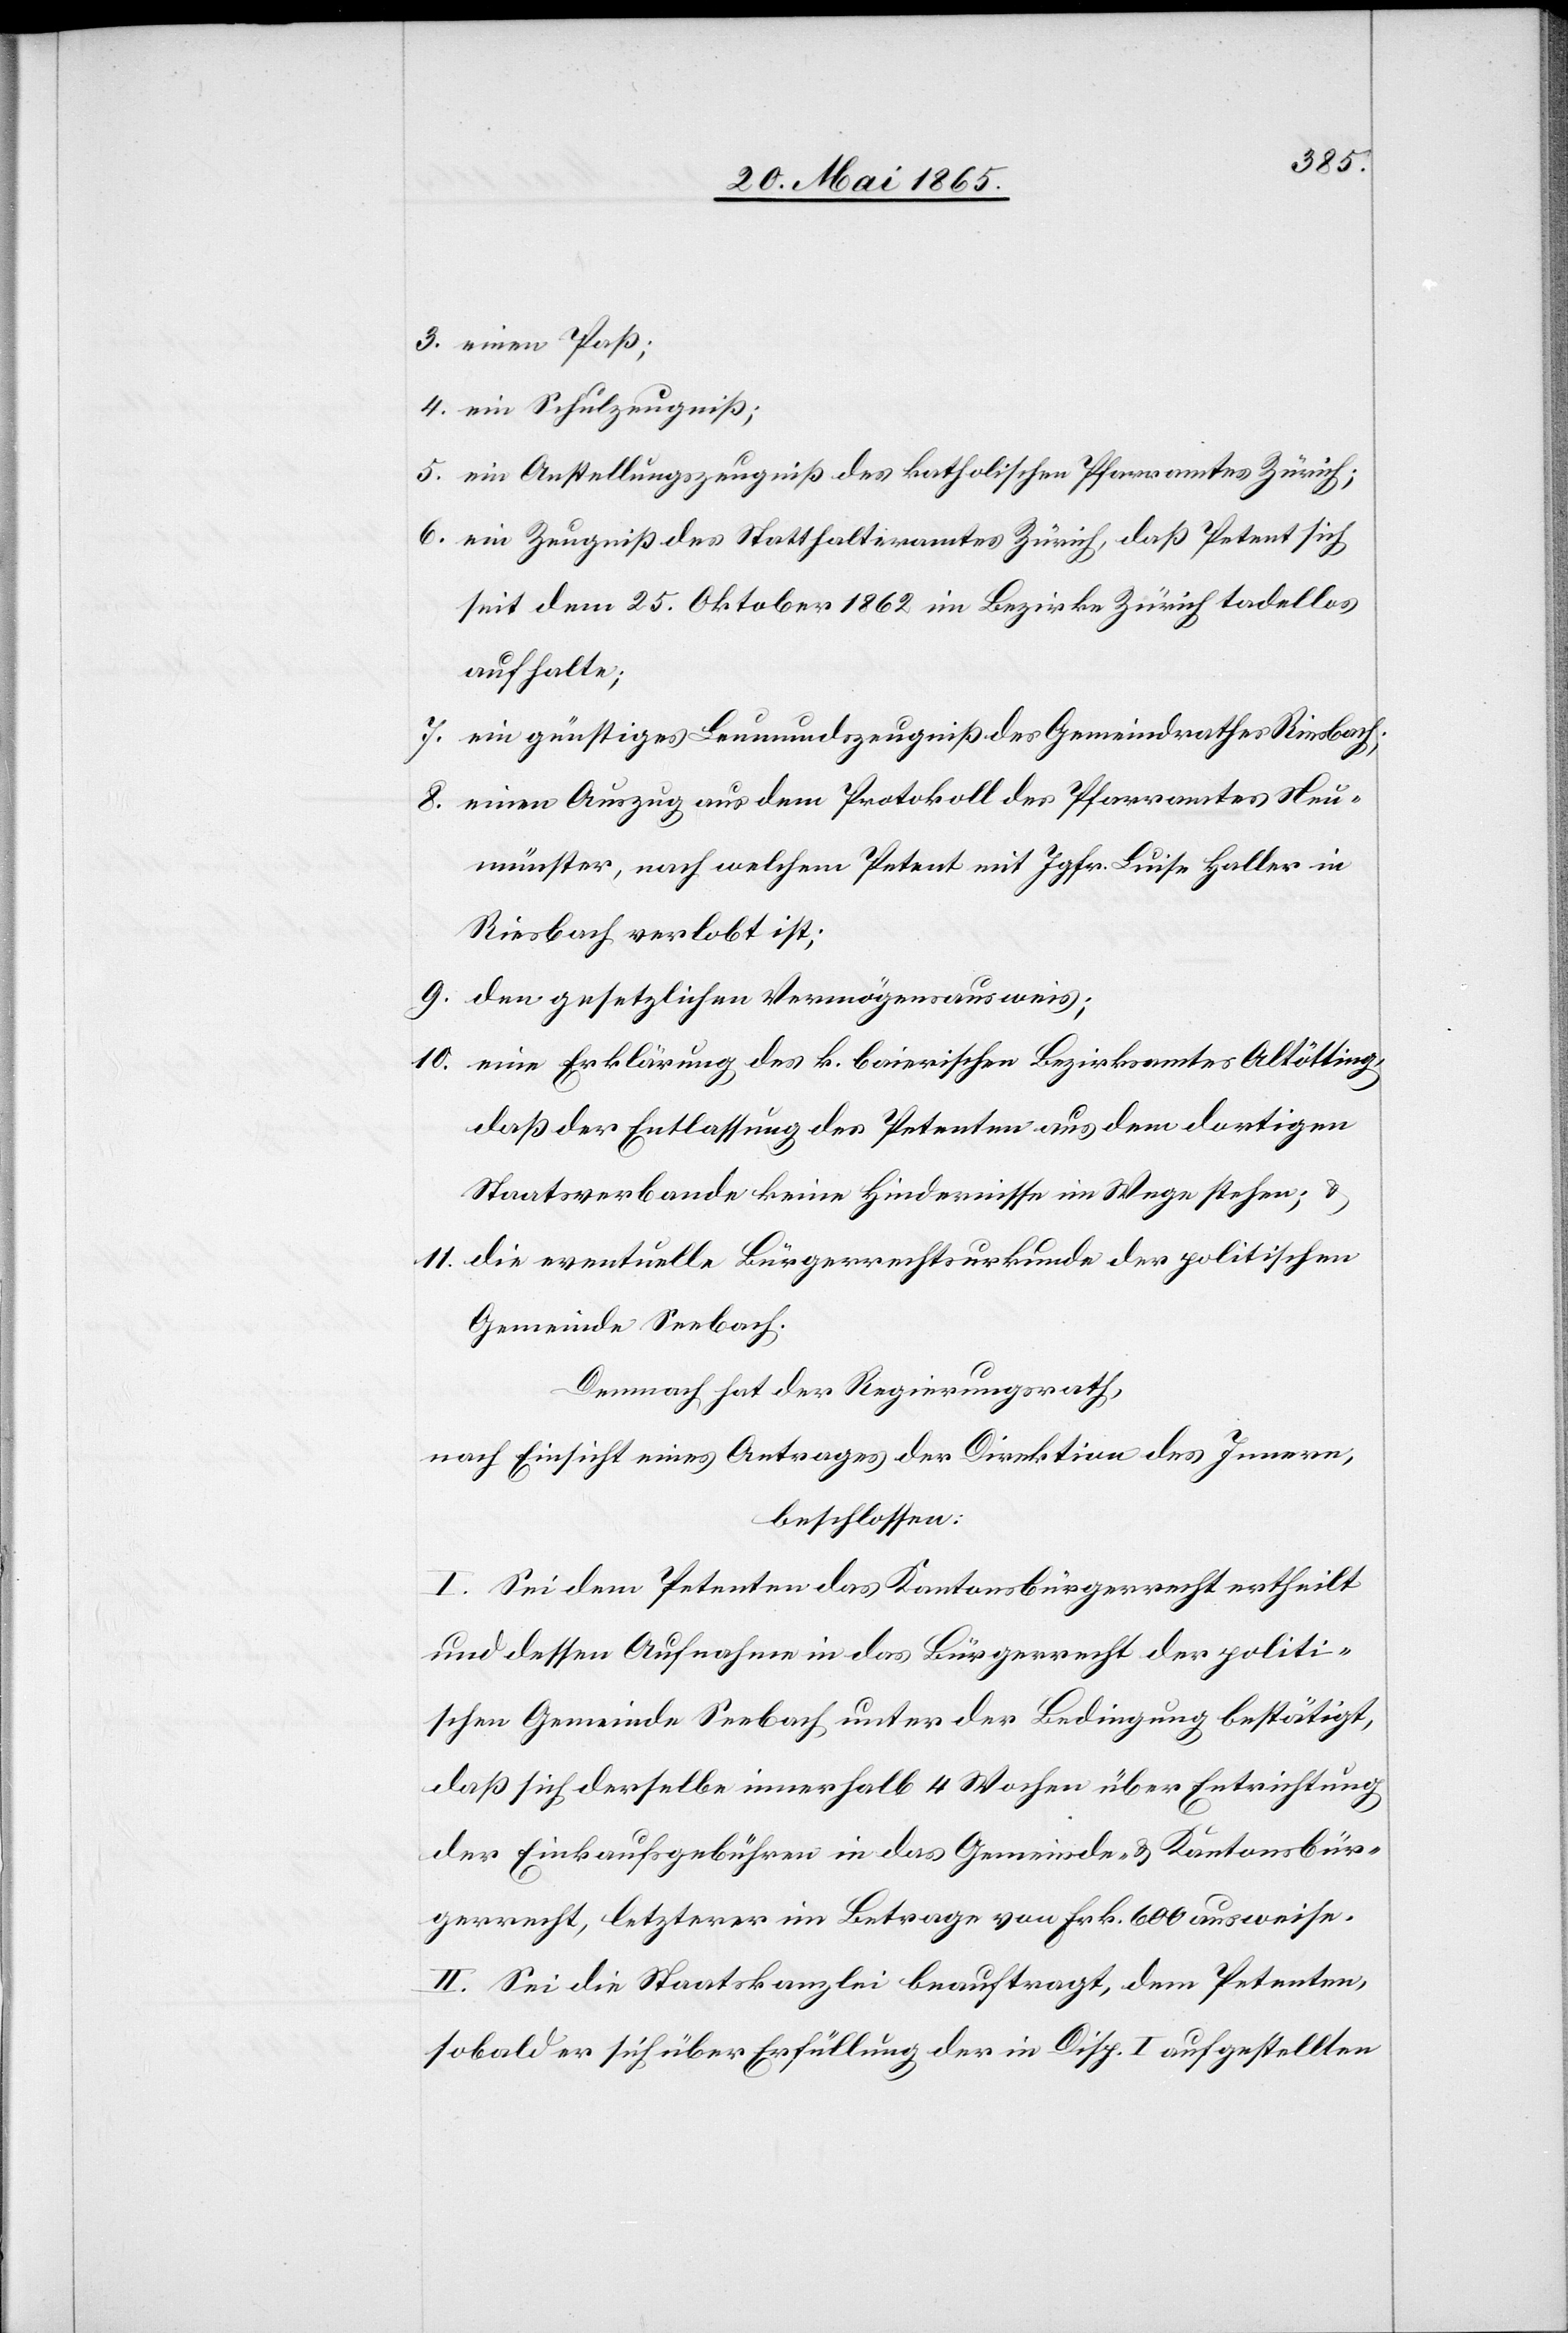
3. einen Paß;
4. ein Schulzeugniß;
5. ein Anstellungszeugniß des katholischen Pfarramtes Zürich;
6. ein Zeugniß des Statthalteramtes Zürich, daß Petent sich
seit dem 25. Oktober 1862 im Bezirke Zürich tadellos
aufhalte;
7. ein günstiges Leumundszeugniß des Gemeindrathes Riesbach;
8. einen Auszug aus dem Protokoll des Pfarramtes Neu¬
münster, nach welchem Petent mit Jgfr. Luise Haller in
Riesbach verlobt ist;
9. den gesetzlichen Vermögensausweis;
10. eine Erklärung des k. bairischen Bezirksamtes Altötting,
daß der Entlassung des Petenten aus dem dortigen
Staatsverbande keine Hindernisse im Wege stehen;
11. die eventuelle Bürgerrechtsurkunde der politischen
Gemeinde Seebach.
Demnach hat der Regierungsrath,
nach Einsicht eines Antrages der Direktion des Innern,
beschlossen:
I. Sei dem Petenten das Kantonsbürgerrecht ertheilt
und dessen Aufnahme in das Bürgerrecht der politi¬
schen Gemeinde Seebach unter der Bedingung bestätigt,
daß sich derselbe innerhalb 4 Wochen über Entrichtung
der Einkaufsgebühren in das Gemeinde- & Kantonsbür¬
gerrecht, letzterer im Betrage von Frk. 600 ausweise.
II. Sei die Staatskanzlei beauftragt, dem Petenten,
sobald er sich über Erfüllung der in Disp. I aufgestellten